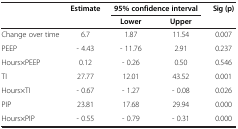
<table><thead><tr><td rowspan="2"><b> </b></td><td rowspan="2"><b>Estimate</b></td><td colspan="2"><b>95% confidence interval</b></td><td rowspan="2"><b>Sig (p)</b></td></tr><tr><td><b>Lower</b></td><td><b>Upper</b></td></tr></thead><tbody><tr><td>Change over time</td><td>6.7</td><td>1.87</td><td>11.54</td><td>0.007</td></tr><tr><td>PEEP</td><td>- 4.43</td><td>- 11.76</td><td>2.91</td><td>0.237</td></tr><tr><td>Hours×PEEP</td><td>0.12</td><td>- 0.26</td><td>0.50</td><td>0.546</td></tr><tr><td>TI</td><td>27.77</td><td>12.01</td><td>43.52</td><td>0.001</td></tr><tr><td>Hours×TI</td><td>- 0.67</td><td>- 1.27</td><td>- 0.08</td><td>0.026</td></tr><tr><td>PIP</td><td>23.81</td><td>17.68</td><td>29.94</td><td>0.000</td></tr><tr><td>Hours×PIP</td><td>- 0.55</td><td>- 0.79</td><td>- 0.31</td><td>0.000</td></tr></tbody></table>